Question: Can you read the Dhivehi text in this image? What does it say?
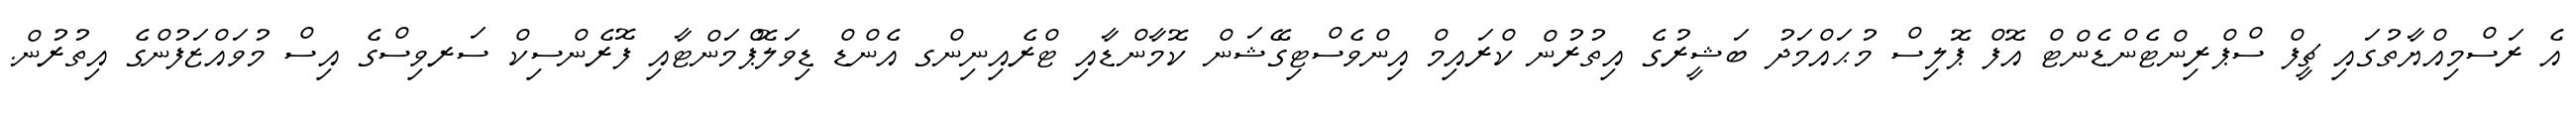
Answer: އެ ރަސްމިއްޔާތުގައި ޗީފް ސްޕްރިންޓެންޑެންޓް އޮފް ޕޮލިސް މުޙައްމަދު ބަޝީރުގެ އިތުރުން ކްރައިމް އިންވެސްޓިގޭޝަން ކޮމާންޑާއި ޓްރެއިނިންގ އެންޑް ޑިވަލޮޕްމަންޓާއި ފޮރެންސިކް ސަރވިސްގެ އިސް މުވައްޒަފުންގެ އިތުރުން.